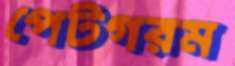
পেটগরম